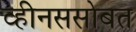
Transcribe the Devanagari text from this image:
व्हीनससोबत